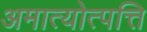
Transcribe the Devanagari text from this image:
अमात्योत्पत्ति